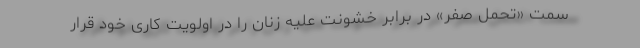
سمت «تحمل صفر» در برابر خشونت علیه زنان را در اولویت کاری خود قرار